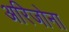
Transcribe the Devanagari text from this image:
अरिजोना